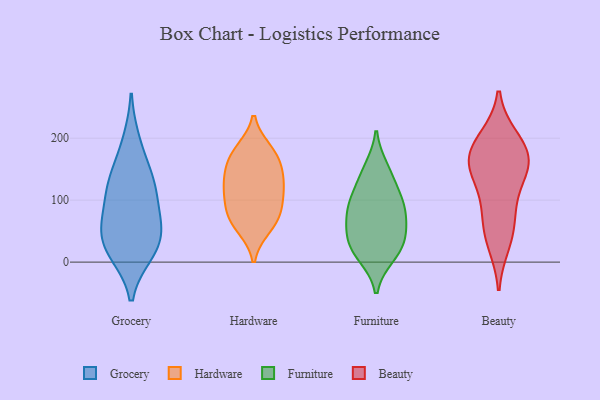
{"axis": {"x": "Energy Usage (MWh)", "y": "Value"}, "legend": ["Beauty", "Furniture", "Grocery", "Hardware"], "data": [{"x": "", "y": 136, "type": "Grocery"}, {"x": "", "y": 115, "type": "Grocery"}, {"x": "", "y": 142, "type": "Grocery"}, {"x": "", "y": 15, "type": "Grocery"}, {"x": "", "y": 66, "type": "Grocery"}, {"x": "", "y": 102, "type": "Grocery"}, {"x": "", "y": 15, "type": "Grocery"}, {"x": "", "y": 31, "type": "Grocery"}, {"x": "", "y": 46, "type": "Grocery"}, {"x": "", "y": 61, "type": "Grocery"}, {"x": "", "y": 195, "type": "Grocery"}, {"x": "", "y": 180, "type": "Hardware"}, {"x": "", "y": 56, "type": "Hardware"}, {"x": "", "y": 63, "type": "Hardware"}, {"x": "", "y": 120, "type": "Hardware"}, {"x": "", "y": 176, "type": "Hardware"}, {"x": "", "y": 77, "type": "Hardware"}, {"x": "", "y": 84, "type": "Hardware"}, {"x": "", "y": 166, "type": "Hardware"}, {"x": "", "y": 129, "type": "Hardware"}, {"x": "", "y": 126, "type": "Hardware"}, {"x": "", "y": 102, "type": "Hardware"}, {"x": "", "y": 150, "type": "Hardware"}, {"x": "", "y": 140, "type": "Furniture"}, {"x": "", "y": 55, "type": "Furniture"}, {"x": "", "y": 91, "type": "Furniture"}, {"x": "", "y": 98, "type": "Furniture"}, {"x": "", "y": 29, "type": "Furniture"}, {"x": "", "y": 15, "type": "Furniture"}, {"x": "", "y": 80, "type": "Furniture"}, {"x": "", "y": 106, "type": "Furniture"}, {"x": "", "y": 151, "type": "Furniture"}, {"x": "", "y": 60, "type": "Furniture"}, {"x": "", "y": 35, "type": "Furniture"}, {"x": "", "y": 10, "type": "Furniture"}, {"x": "", "y": 143, "type": "Beauty"}, {"x": "", "y": 171, "type": "Beauty"}, {"x": "", "y": 195, "type": "Beauty"}, {"x": "", "y": 31, "type": "Beauty"}, {"x": "", "y": 101, "type": "Beauty"}, {"x": "", "y": 155, "type": "Beauty"}, {"x": "", "y": 199, "type": "Beauty"}, {"x": "", "y": 48, "type": "Beauty"}, {"x": "", "y": 76, "type": "Beauty"}, {"x": "", "y": 156, "type": "Beauty"}, {"x": "", "y": 167, "type": "Beauty"}]}